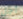
أجل